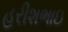
હરીશભાઇ